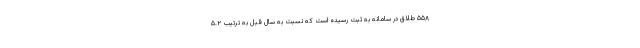
۵۵۸ طلاق در سامانه به ثبت رسیده است که نسبت به سال قبل به ترتیب ۵.۲